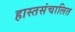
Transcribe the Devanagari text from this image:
हास्तसंचालित